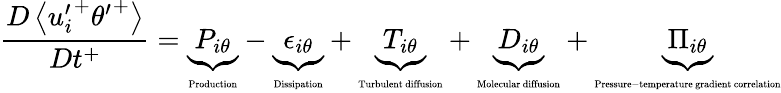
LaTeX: \frac{D\left<{u_{i}^{\prime}}^{+}{\theta^{\prime}}^{+}\right>}{Dt^{+}}=\underbrace{P_{i\theta}}_{\mathrm{\tiny{Production}}}-\underbrace{\epsilon_{i\theta}}_{\mathrm{\tiny{Dissipation}}}+\underbrace{T_{i\theta}}_{\mathrm{\tiny{Turbulent~diffusion}}}+\underbrace{D_{i\theta}}_{\mathrm{\tiny{Molecular~diffusion}}}+\underbrace{\Pi_{i\theta}}_{\mathrm{\tiny{Pressure-temperature~gradient~correlation}}}